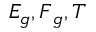
E _ { g } , \boldsymbol { F } _ { g } , T